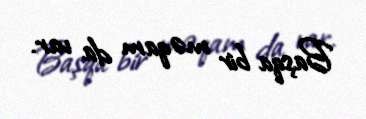
Başqa bir məqam da var.